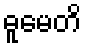
ဓူမေတိ